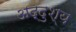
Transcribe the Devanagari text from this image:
अद्दुश्य